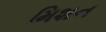
મિશન